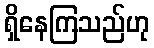
ရှိနေကြသည်ဟု